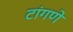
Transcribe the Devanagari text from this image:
टांगणे